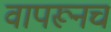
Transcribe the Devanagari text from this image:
वापरूनच